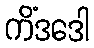
ကိံဒဒေါ